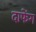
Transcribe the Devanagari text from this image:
दाफेंग